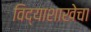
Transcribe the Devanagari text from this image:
विद्याशाखेचा